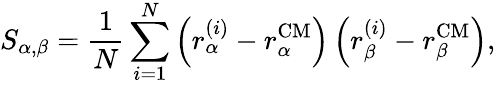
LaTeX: S_{\alpha,\beta}=\frac{1}{N}\sum_{i=1}^{N}\left(r_{\alpha}^{(i)}-r_{\alpha}^{\mathrm{CM}}\right)\left(r_{\beta}^{(i)}-r_{\beta}^{\mathrm{CM}}\right),